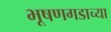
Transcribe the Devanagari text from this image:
भूषणगडाच्या